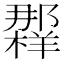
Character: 𲆠